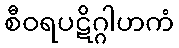
စီဝရပဋိဂ္ဂါဟကံ